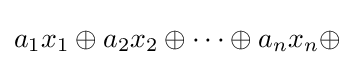
a_{1}x_{1}\oplus a_{2}x_{2}\oplus \cdots \oplus a_{n}x_{n}\oplus \!